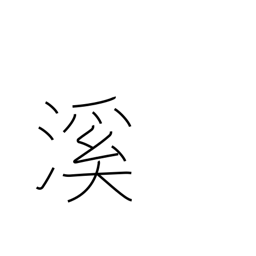
Meaning: valley